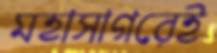
মহাসাগরেই